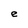
Character: e